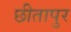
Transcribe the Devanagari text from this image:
छीतापुर